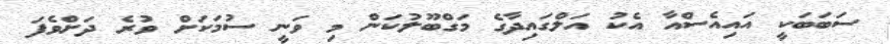
ސަބަބަކީ އައިއެސްއާ އެކު އަލްގައިދާގެ މަގްބޫލުކަން މި ވަނީ ސުމަކަށް ވުރެ ދަށްވެފަ